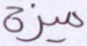
ميزة